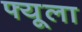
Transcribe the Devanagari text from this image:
फ्यूला